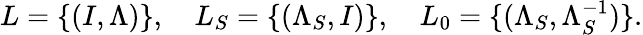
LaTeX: L=\{ (I,\Lambda)\} ,\quad L_{S}=\{ (\Lambda_{S},I)\} ,\quad L_{0}=\{ (\Lambda_{S},\Lambda_{S}^{-1})\} .